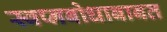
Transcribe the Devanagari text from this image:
स्वप्नबोधाबाबत